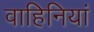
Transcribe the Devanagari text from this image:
वाहिनियां